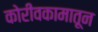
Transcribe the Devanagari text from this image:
कोरीवकामातून